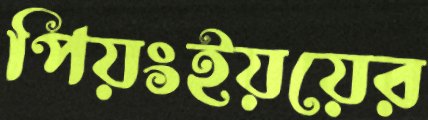
পিয়ংইয়য়ের